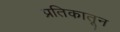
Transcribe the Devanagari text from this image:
प्रतिकातून